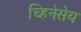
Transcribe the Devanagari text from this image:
च्हिनेसेय